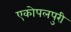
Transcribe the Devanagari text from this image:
एकोपलपुरी